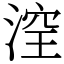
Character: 㴏